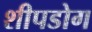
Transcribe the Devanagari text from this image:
शीपडोग